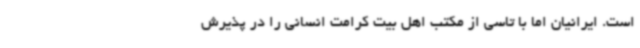
است. ایرانیان اما با تاسی از مکتب اهل بیت کرامت انسانی را در پذیرش